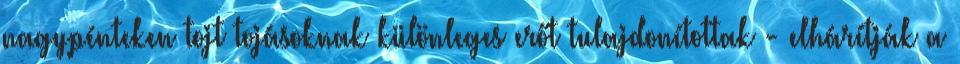
nagypénteken tojt tojásoknak különleges erőt tulajdonítottak - elhárítják a